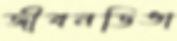
জীবনডিঙা